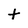
Character: t